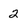
Character: 2